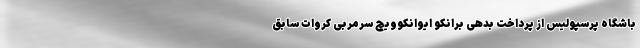
باشگاه پرسپولیس از پرداخت بدهی برانکو ایوانکوویچ سرمربی کروات سابق